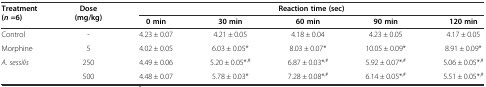
| <ROWSPAN=2> Treatment (n=6) | <ROWSPAN=2> Dose (mg/kg) | <COLSPAN=5> Reaction time (sec) |
 | 0 min | 30 min | 60 min | 90 min | 120 min |
 | --- | --- | --- | --- | --- | --- | --- |
 | Control | - | 4.23 ± 0.07 | 4.21 ± 0.05 | 4.18 ± 0.04 | 4.23 ± 0.05 | 4.17 ± 0.05 |
 | Morphine | 5 | 4.02 ± 0.05 | 6.03 ± 0.05* | 8.03 ± 0.07* | 10.05 ± 0.09* | 8.91 ± 0.09* |
 | <ROWSPAN=2> A. sessilis | 250 | 4.49 ± 0.06 | 5.20 ± 0.05*,# | 6.87 ± 0.03*,# | 5.92 ± 0.07*,# | 5.06 ± 0.05*,# |
 | 500 | 4.48 ± 0.07 | 5.78 ± 0.03* | 7.28 ± 0.08*,# | 6.14 ± 0.05*,# | 5.51 ± 0.05*,# |